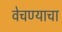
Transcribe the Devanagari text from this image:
वेचण्याचा